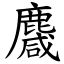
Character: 麙